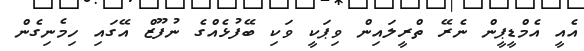
އެއީ އެމްޑީޕީން ނެރޭ ތްރީލައިން ވިޕަކީ ވަކި ބޭފުޅެއްގެ ނުފޫޒް އޭގައި ހިމެނިގެން